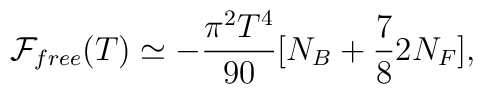
{\cal F}_{free}(T) \simeq -{\pi^{2} T^4\over 90} [ N_B + {7  \over 8} 2 N_F],